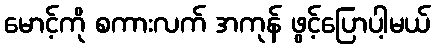
မောင့်ကို စကားလက် အကုန် ဖွင့်ပြောပါ့မယ်